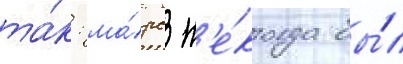
та́к: ма́рс н'е́когда бы́л